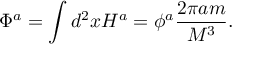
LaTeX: \Phi ^ { a } = \int d ^ { 2 } x H ^ { a } = \phi ^ { a } \frac { 2 \pi a m } { M ^ { 3 } } .